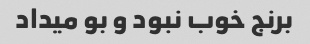
برنج خوب نبود و بو میداد